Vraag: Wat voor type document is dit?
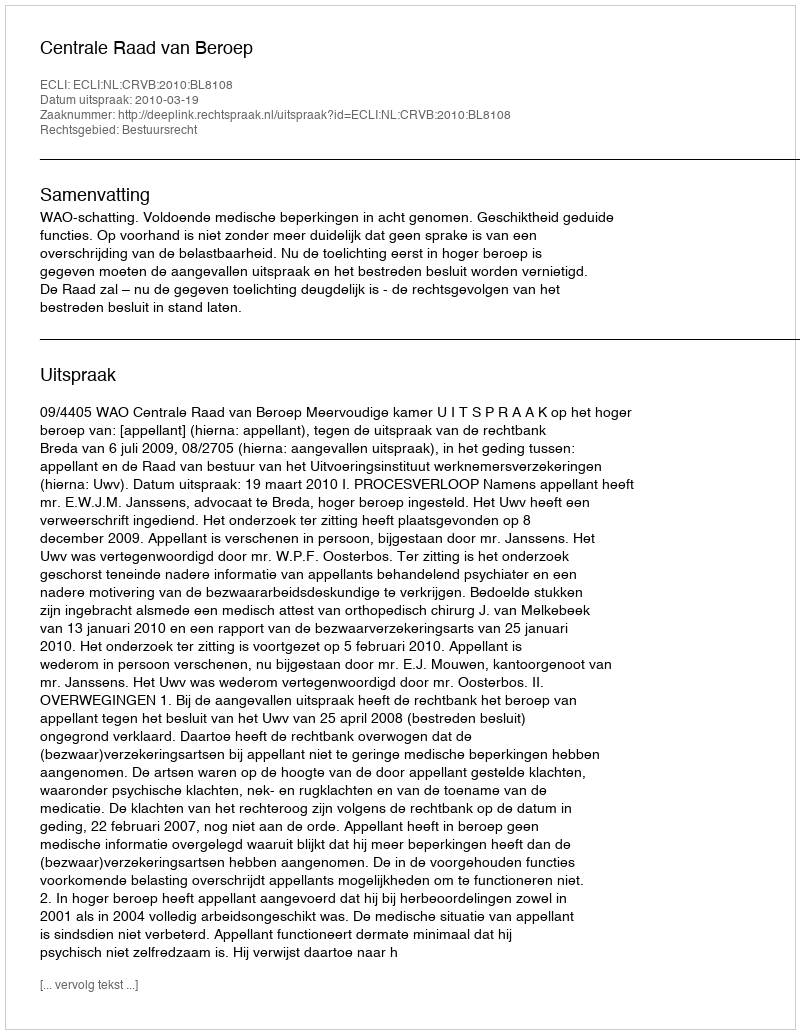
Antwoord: Uitspraak